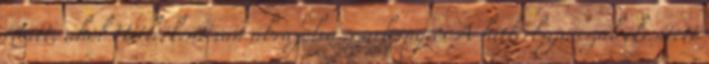
miatt, ahol Hitlerként van ábrázolva szarbángeci A hitlerbajusszal ékesített